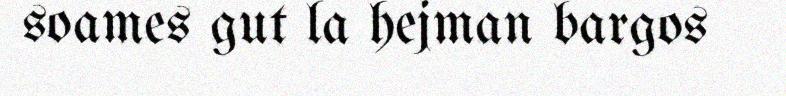
soames gut la hejman bargos